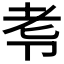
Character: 𭅷